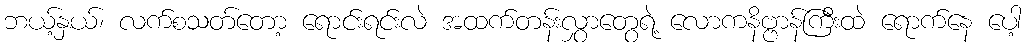
ဘယ့်နှယ်၊ လက်စသတ်တော့ ရောင်းရင်းလဲ အထက်တန်းလွှာတွေရဲ့ လောကနိဗ္ဗာန်ကြီးထဲ ရောက်နေ ပေါ့